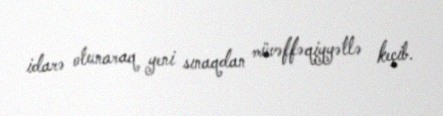
idarə olunaraq yeni sınaqdan müvəffəqiyyətlə keçib.